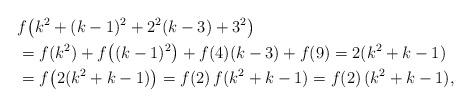
LaTeX: \begin{align*}& f\big( k^2 + (k-1)^2 + 2^2(k-3) + 3^2 \big) \\&= f(k^2) + f\big((k-1)^2\big) + f(4)(k-3) + f(9) = 2(k^2 + k - 1) \\&= f\big(2(k^2+k-1)\big) = f(2)\,f(k^2+k-1) = f(2)\,(k^2 + k-1),\end{align*}